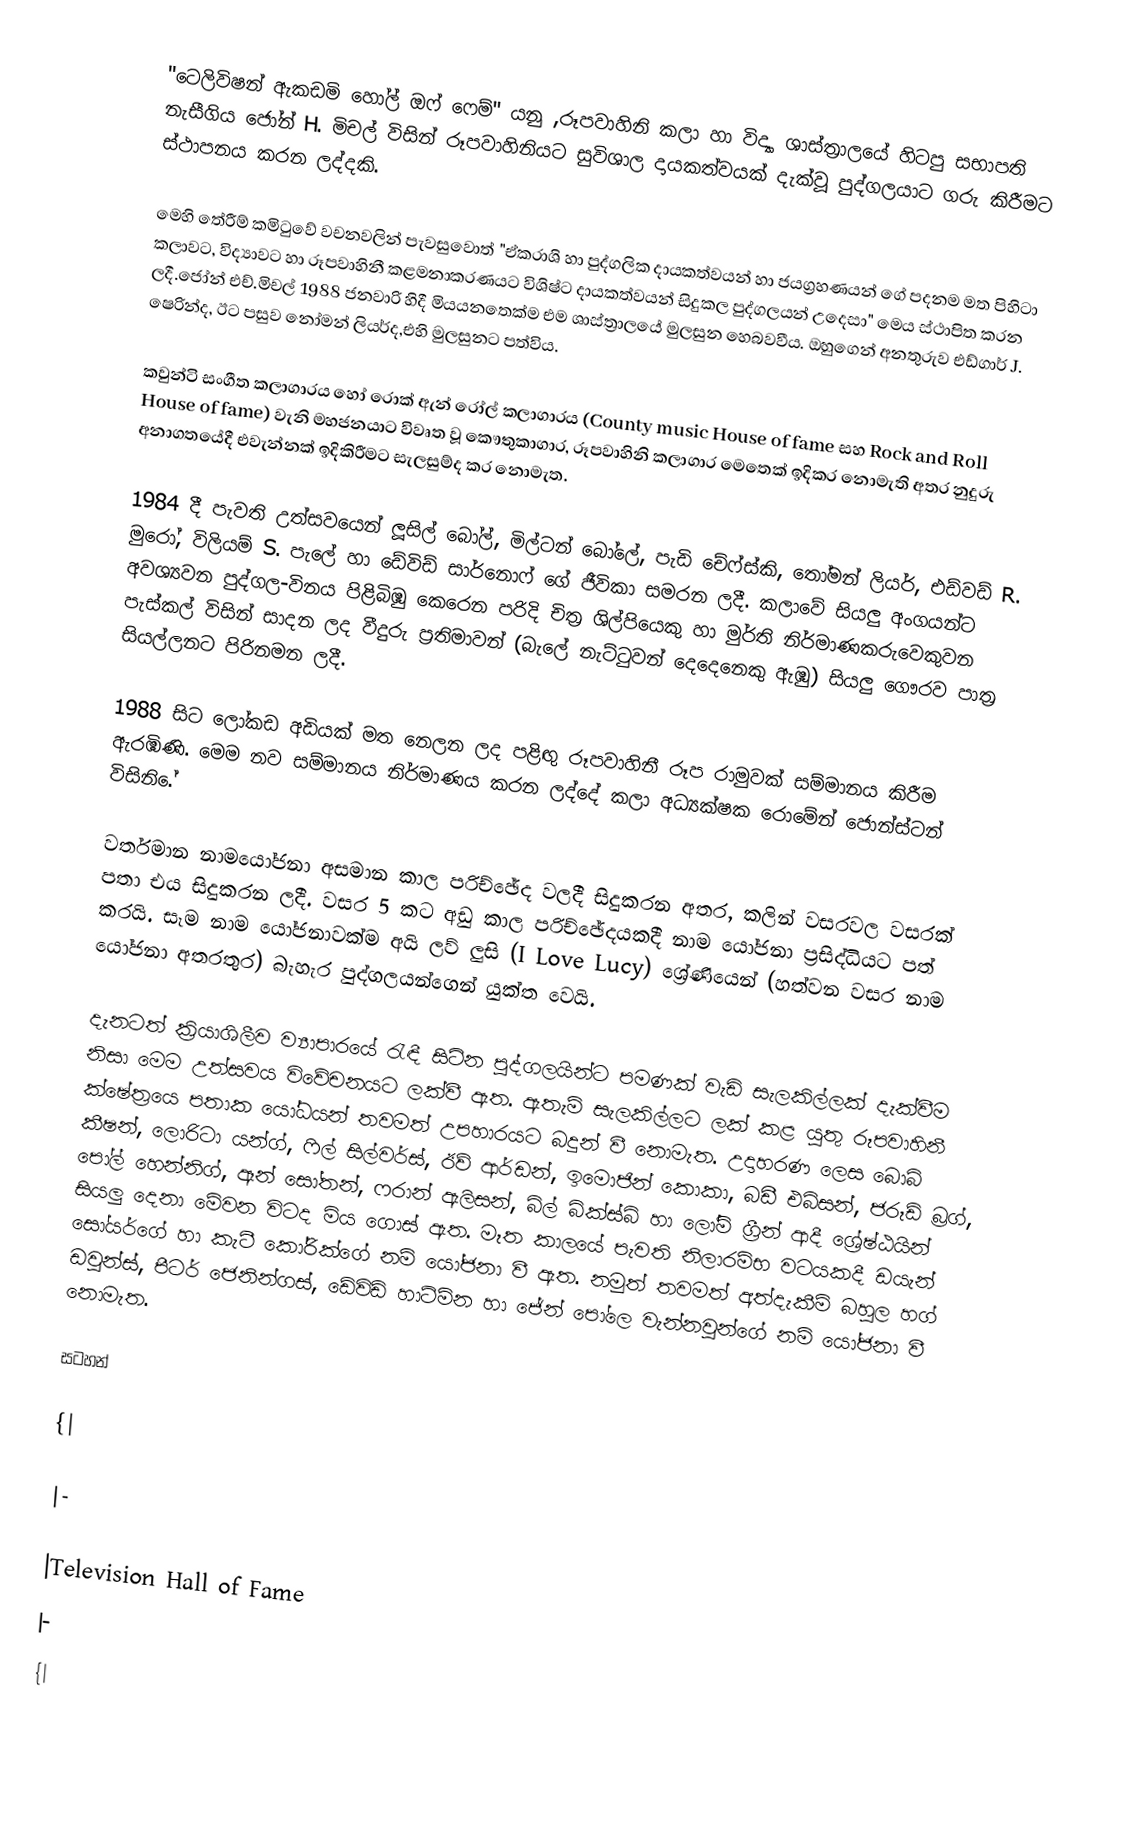
"ටෙලිවිෂන් ඇකඩමි හෝල් ඔෆ් ෆෙම්" යනු ,රූපවාහිනි කලා හා විද්‍යා ශාස්ත්‍රාලයේ හිටපු සභාපති නැසීගිය ජෝන් H. මිචල් විසින් රූපවාහිනියට සුවිශාල දායකත්වයක් දැක්වූ පුද්ගලයාට ගරු කිරීමට ස්ථාපනය කරන ලද්දකි.

මෙහි තේරීම් කමිටුවේ වචනවලින් පැවසුවොත් "ඒකරාශි හා පුද්ගලික දායකත්වයන් හා ජයග්‍රහණයන් ගේ පදනම මත පිහිටා කලාවට, විද්‍යාවට හා රූපවාහිනී කළමනාකරණයට විශිෂ්ට දායකත්වයන් සිදුකල පුද්ගලයන් උදෙසා" මෙය ස්ථාපිත කරන ලදී.ජෝන් එච්.මිචල් 1988 ජනවාරි හිදී මියයනතෙක්ම එම ශාස්ත්‍රාලයේ මුලසුන හෙබවවීය. ඔහුගෙන් අනතුරුව එඩ්ගාර් J. ෂෙරින්ද, ඊට පසුව නෝමන් ලියර්ද,එහි මුලසුනට පත්විය.

කවුන්ටි සංගීත කලාගාරය හෝ රොක් ඇන් රෝල් කලාගාරය (County music House of fame සහ Rock and Roll House of fame) වැනි මහජනයාට විවෘත වූ කෞතුකාගාර, රූපවාහිනි කලාගාර මෙතෙක් ඉදිකර නොමැති අතර නුදුරු අනාගතයේ‍දී එවැන්නක් ඉදිකිරීමට  සැලසුම්ද කර නොමැත.

1984 දී පැවති උත්සවයෙන් ලූසිල් බෝල්, මිල්ටන් බෝලේ, පැඩි චේ‍ෆ්ස්කි, තෝමන් ලියර්, එඩ්වඩ් R. මුරෝ, විලියම් S. පැලේ හා ඩේවිඩ් සාර්නොෆ් ගේ ජීවිකා සමරන ලදී. කලාවේ සියලු අංගයන්ට අවශ්‍යවන පුද්ගල-විනය පිළිබිඹු කෙරෙන ‍පරිදි චිත්‍ර ශිල්පියෙකු හා මුර්ති නිර්මාණකරුවෙකුවන පැස්කල් විසින් සාදන ලද වීදුරු ප්‍රතිමාවන් (බැලේ නැට්ටුවන් දෙදෙනෙකු ඇඹු) සියලු ගෞරව පාත්‍ර සියල්ලනට පිරිනමන ලදී.

1988 සිට ලෝකඩ අඩියක් මත නෙලන ලද පළිඟු රූපවාහිනී රූප රාමුවක් සම්මානය කිරීම ඇරඹිණි. මෙම නව සම්මානය නිර්මාණය කරන ලද්දේ කලා අධ්‍යක්ෂක රොමේන් ජොන්ස්ටන් විසිනි.ේ

වර්තමාන නාමයෝජනා අසමාන කාල පරිච්ඡේද වලදී සිදුකරන අතර, කලින් වසරවල වසරක් පතා එය සිදුකරන ලදී. වසර 5 කට අඩු කාල පරිච්ඡේදයකදී නාම යෝජනා ප්‍රසිද්ධියට පත් කරයි. සෑම නා‍ම යෝජනාවක්ම අයි ලව් ලුසි (I Love Lucy) ශ්‍රේණියෙන් (හත්වන වසර නා‍ම යෝජනා අතරතුර) බැහැර පුද්ගලයන්ගෙන් යුක්ත වෙයි.

දැනටත් ක්‍රියාශිලීව ව්‍යාපාරයේ රැඳී සිටින පුද්ගලයින්ට පමණක් වැඩි සැලකිල්ලක් දැක්වීම නිසා මෙම උත්සවය විවේචනයට ලක්වී ඇත. ඇතැම්  සැලකිල්ලට ලක් කළ යුතු රූපවාහිනී ක්ෂේත්‍රයෙ  පතාක යෝධයන් තවමත් උපහාරයට බදුන් වී නොමැත. උදාහරණ ලෙස බොබ් කීෂන්, ලොරිටා යන්ග්, ෆිල් සිල්වර්ස්, ඊව් ආර්ඩන්, ඉමොජින් කොකා, බඩී එබ්සන්, ජරූඩ් බ්‍රග්, පෝල් හෙන්නිග්, ඈන් සෝතන්, ෆරාන් ඇලිසන්, බිල් බික්ස්බි හා ලෝම් ග්‍රීන් ආදී ශ්‍රේෂ්ඨයින් සියලු දෙනා මේවන විටද මිය ගොස් ඇත. මෑත කාලයේ පැවති නිලාරම්භ වටයකදී ඩයැන් සෝයර්ගේ හා කැටී කෝරික්ගේ නම් යෝජනා වී ඇත. නමුත් තවමත් අත්දැකීම් බහුල හග් ඩවුන්ස්, පීටර් ජෙනින්ගස්, ඩේවිඩ් හාට්ම්න හා ජේන් පෝලෙ වැන්නවුන්ගේ නම් යෝජනා වී නොමැත.

සටහන්

{|

|-

|Television Hall of Fame
|-
{|